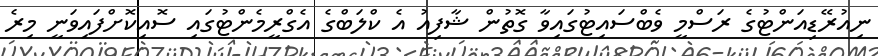
ނިއުރޭޑިއަންޓުގެ ރަސްމީ ވެބްސައިޓުގައިވާ ގޮތުން ޝާފިއު އެ ކްލަބްގެ އެގްރީމެންޓުގައި ސޮއިކޮށްފައިވަނީ މިރެ